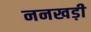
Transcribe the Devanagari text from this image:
ननखड़ी